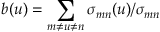
b ( u ) = \sum _ { m \neq u \neq n } \sigma _ { m n } ( u ) / \sigma _ { m n }